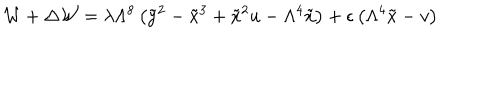
LaTeX: { \cal W } + \Delta { \cal W } = \lambda \Lambda ^ { 8 } \left( \tilde { y } ^ { 2 } - \tilde { x } ^ { 3 } + \tilde { x } ^ { 2 } u - \Lambda ^ { 4 } \tilde { x } \right) + \epsilon \left( \Lambda ^ { 4 } \tilde { x } - v \right)